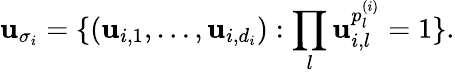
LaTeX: \mathbf{u}_{\sigma_{i}}=\{ (\mathbf{u}_{i,1},\ldots,\mathbf{u}_{i,d_{i}}):\prod_{l}\mathbf{u}_{i,l}^{p_{l}^{(i)}}=1\} .